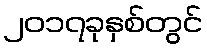
၂၀၁၇ခုနှစ်တွင်